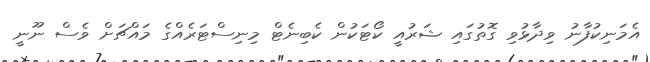
އެމަނިކުފާނު ވިދާޅުވި ގޮތުގައި ޝަރުއީ ކޯޓަކުން ކެބިނެޓް މިނިސްޓަރެއްގެ މައްޗަށް ވެސް ނޫނީ